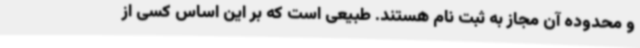
و محدوده آن مجاز به ثبت نام هستند. طبیعی است که بر این اساس کسی از